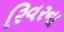
રિવરના